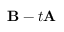
{ \bf B } - t { \bf A }